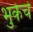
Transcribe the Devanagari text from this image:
भुकेचे